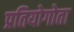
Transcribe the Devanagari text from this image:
प्रतियोगोता